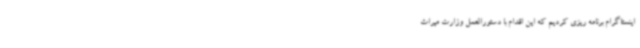
اینستاگرام برنامه ریزی کردیم که این اقدام با دستورالعمل وزارت میراث